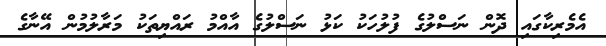
އެމެރިކާގައި ދޮން ނަސްލުގެ ފުލުހަކު ކަޅު ނަސްލުގެ އާއްމު ރައްޔިތަކު މަރާލުމުން އޭނާގެ